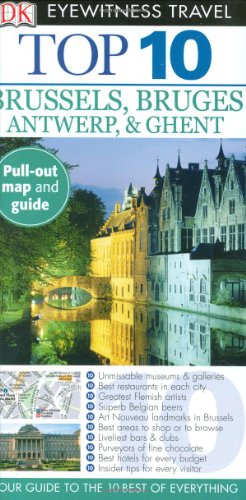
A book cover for Top 10 Brussels (Eyewitness Top 10 Travel Guide); Antony Mason; Travel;